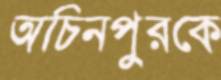
অচিনপুরকে